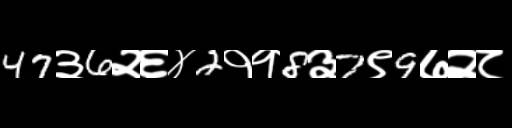
Text: 47३6२६४2११8३7९9७२८